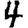
Digit: 4